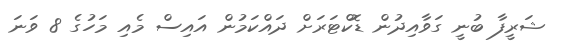
ޝަރީފާ ބުނީ ގަވާއިދުން ޑޮކްޓަރަށް ދައްކަމުން އައިސް މެއި މަހުގެ 8 ވަނަ